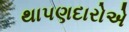
થાપણદારોએ